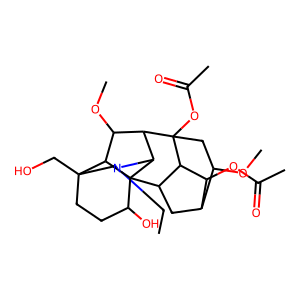
SMILES: CCN1CC2(CO)CCC(O)C34C5CC6C(OC)CC(OC(C)=O)(C5C6OC(C)=O)C(C(OC)C23)C14
Inhibits HIV replication: No